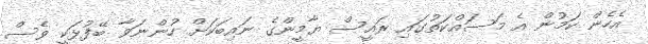
އެހެން ކަމުން އެ މަސައްކަތުގައި ރައީސް ޔާމީންގެ ނައިބަކަށް ހުންނަވާ ބޭފުޅަކީ ވެސް